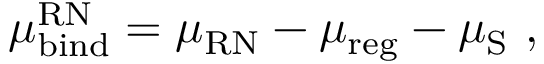
\mu _ { \mathrm { b i n d } } ^ { \mathrm { R N } } = \mu _ { \mathrm { R N } } - \mu _ { \mathrm { r e g } } - \mu _ { \mathrm { S } } \ ,